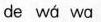
de wá wā